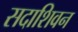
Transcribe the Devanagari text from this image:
सदाशिवन